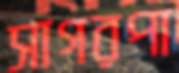
সাগরপা